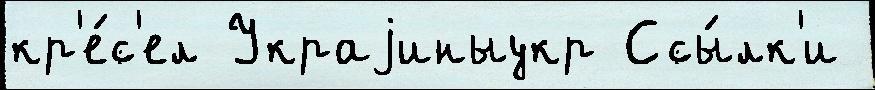
кр'е́с'ел Украjиныукр Ссы́лк'и